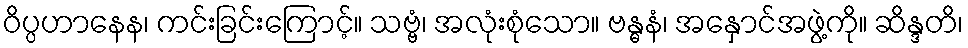
ဝိပ္ပဟာနေန၊ ကင်းခြင်းကြောင့်။ သဗ္ဗံ၊ အလုံးစုံသော။ ဗန္ဓနံ၊ အနှောင်အဖွဲ့ကို။ ဆိန္ဒတိ၊